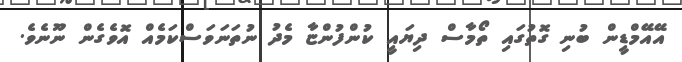
އޭއޭމްޑީން ބުނި ގޮތުގައި ތޯމާސް ދިޔައީ ކުންފުންޏާ މެދު ނުތަނަވަސްކަމެއް އޮވެގެން ނޫނެވެ.